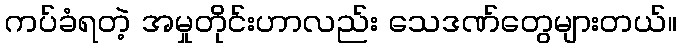
ကပ်ခံရတဲ့ အမှုတိုင်းဟာလည်း သေဒဏ်တွေများတယ်။